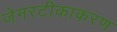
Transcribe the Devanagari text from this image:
जेनरटीकाकरण